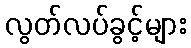
လွတ်လပ်ခွင့်များ